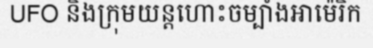
UFO និងក្រុមយន្តហោះចម្បាំងអាម៉េរិក